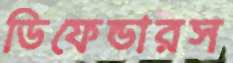
ডিফেন্ডারস